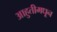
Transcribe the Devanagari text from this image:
आहुतीमधून